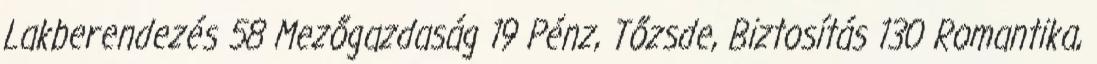
Lakberendezés 58 Mezőgazdaság 19 Pénz, Tőzsde, Biztosítás 130 Romantika,